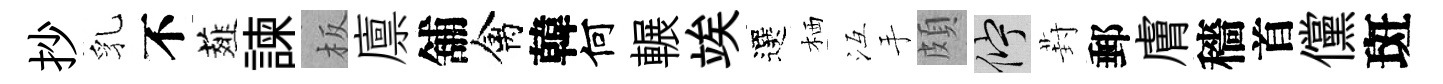
抄乳不薤諫板廪舖禽韓何輾竢選栖冱手頗伫葑郵膚穡首儻斑